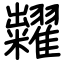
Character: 糶